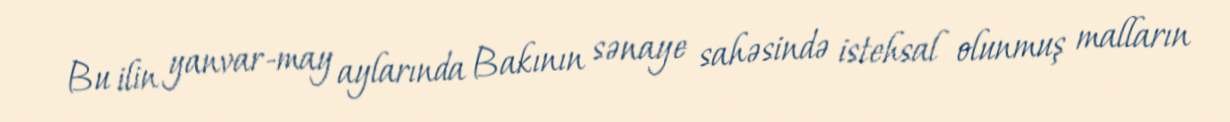
Bu ilin yanvar-may aylarında Bakının sənaye sahəsində istehsal olunmuş malların